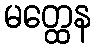
မတ္ထေန